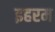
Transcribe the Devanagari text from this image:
इहरम